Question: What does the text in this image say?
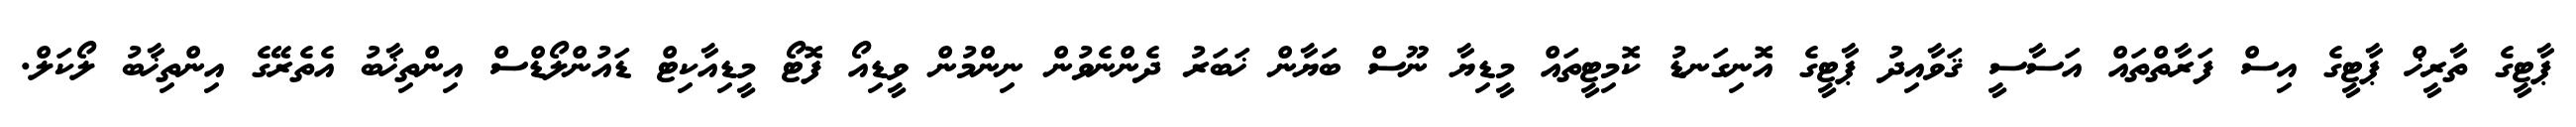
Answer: ޕާޓީގެ ތާރީޚް ޕާޓީގެ އިސް ފަރާތްތައް އަސާސީ ޤަވާއިދު ޕާޓީގެ އޮނިގަނޑު ކޮމިޓީތައް މީޑިޔާ ނޫސް ބަޔާން ޚަބަރު ދެންނެވުން ނިންމުން ވީޑިއޯ ފޮޓޯ މީޑިއާކިޓް ޑައުންލޯޑްސް އިންތިޚާބު އެތެރޭގެ އިންތިޚާބު ލޯކަލް.